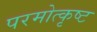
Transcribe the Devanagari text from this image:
परमोत्कृष्ट